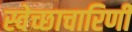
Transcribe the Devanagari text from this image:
स्वेच्छाचारिणी